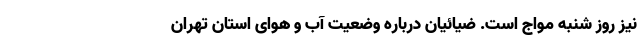
نیز روز شنبه مواج است. ضیائیان درباره وضعیت آب و هوای استان تهران